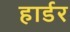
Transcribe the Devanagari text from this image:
हार्डर